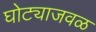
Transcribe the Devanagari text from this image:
घोट्याजवळ